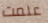
علمت